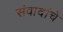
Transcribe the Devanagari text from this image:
संवादांचे